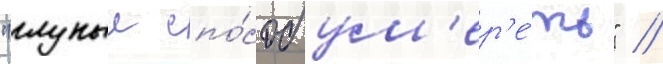
"глупыи спо́соб ум'ер'е́ть" //